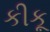
કીકૂ